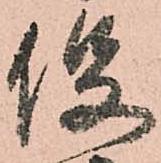
役